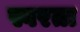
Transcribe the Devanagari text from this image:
स्वरता